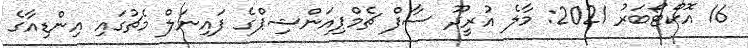
16 އޮކްޓޯބަރު 2021: މާލެ އުރީދޫ ސާފް ޗެމްޕިއަންޝިޕްގެ ފައިނަލް މެޗުގައި އިންޑިއާގެ